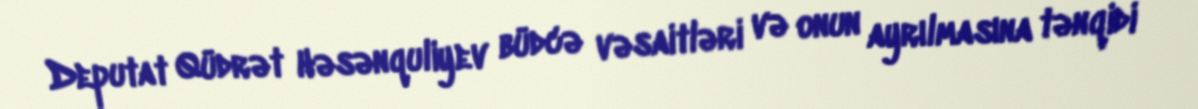
Deputat Qüdrət Həsənquliyev büdcə vəsaitləri və onun ayrılmasına tənqidi